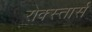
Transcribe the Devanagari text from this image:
रोक्स्तार्स